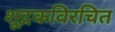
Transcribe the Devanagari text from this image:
शूद्रकविरचित